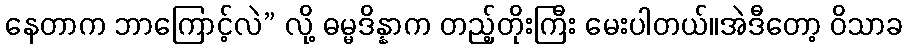
နေတာက ဘာကြောင့်လဲ” လို့ ဓမ္မဒိန္နာက တည့်တိုးကြီး မေးပါတယ်။အဲဒီတော့ ဝိသာခ